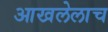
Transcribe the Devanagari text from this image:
आखलेलाच